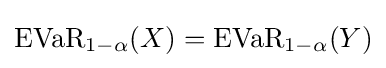
{\text{EVaR}}_{1-\alpha }(X)={\text{EVaR}}_{1-\alpha }(Y)